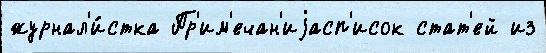
журнал'и́стка Пр'им'ечан'иjасп'исок стат'ей из